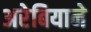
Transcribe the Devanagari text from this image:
अरेबियाने